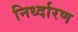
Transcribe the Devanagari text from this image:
निर्ध्दारण